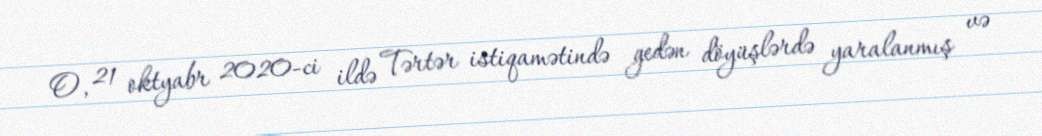
O, 21 oktyabr 2020-ci ildə Tərtər istiqamətində gedən döyüşlərdə yaralanmış və